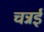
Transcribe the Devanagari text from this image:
चन्नई